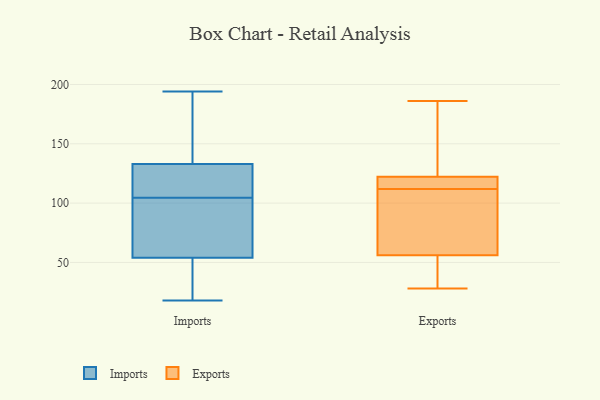
{"axis": {"x": "Customer Acquisition Cost (USD)", "y": "Value"}, "legend": ["Exports", "Imports"], "data": [{"x": "", "y": 123, "type": "Imports"}, {"x": "", "y": 142, "type": "Imports"}, {"x": "", "y": 18, "type": "Imports"}, {"x": "", "y": 194, "type": "Imports"}, {"x": "", "y": 54, "type": "Imports"}, {"x": "", "y": 133, "type": "Imports"}, {"x": "", "y": 91, "type": "Imports"}, {"x": "", "y": 96, "type": "Imports"}, {"x": "", "y": 50, "type": "Imports"}, {"x": "", "y": 113, "type": "Imports"}, {"x": "", "y": 128, "type": "Imports"}, {"x": "", "y": 19, "type": "Imports"}, {"x": "", "y": 133, "type": "Imports"}, {"x": "", "y": 80, "type": "Imports"}, {"x": "", "y": 57, "type": "Exports"}, {"x": "", "y": 126, "type": "Exports"}, {"x": "", "y": 178, "type": "Exports"}, {"x": "", "y": 28, "type": "Exports"}, {"x": "", "y": 94, "type": "Exports"}, {"x": "", "y": 52, "type": "Exports"}, {"x": "", "y": 118, "type": "Exports"}, {"x": "", "y": 186, "type": "Exports"}, {"x": "", "y": 121, "type": "Exports"}, {"x": "", "y": 118, "type": "Exports"}, {"x": "", "y": 112, "type": "Exports"}, {"x": "", "y": 103, "type": "Exports"}, {"x": "", "y": 53, "type": "Exports"}]}